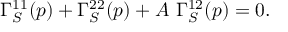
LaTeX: \Gamma _ { S } ^ { 1 1 } ( p ) + \Gamma _ { S } ^ { 2 2 } ( p ) + A \ \Gamma _ { S } ^ { 1 2 } ( p ) = 0 .